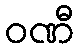
ဝဏီ